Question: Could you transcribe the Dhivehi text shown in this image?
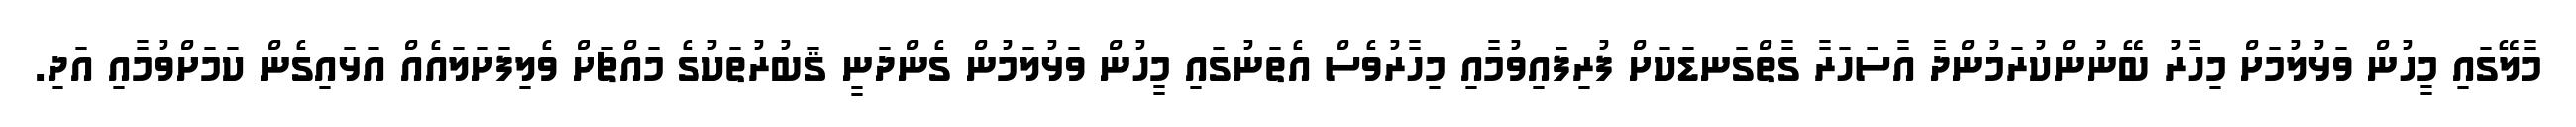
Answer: މާލޭގައި މީހުން ވަޅުލުމަށް މިހާރު ބޭނުންކުރަމުންދާ އާސަހަރާ ގާތްގަނޑަކަށް ފުރިފައިވުމާއި މިހާރުވެސް އެތަނުގައި މީހުން ވަޅުލަމުން ގެންދަނީ ޤަބުރުތަކުގެ މައްޗަށް ވެލިފަށަލައެއް އަޅައިގެން ކަމަށްވުމާއި އަދި.